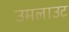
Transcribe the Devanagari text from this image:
उमलाउट